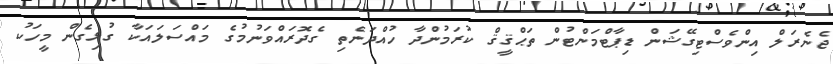
ޖެނެރަލް އިންވެސްޓިގޭޝަން ޑިޕާޓްމަންޓުން ތަޙްޤީޤް ކުރަމުންދާ ހުއްދަނެތި ގެދޮރައްވަނުމުގެ މައްސަލައަކާ ގުޅިގެން މީހަކު